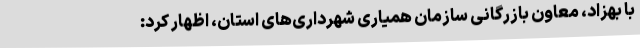
با بهزاد، معاون بازرگانی سازمان همیاری شهرداری‌های استان، اظهار کرد: